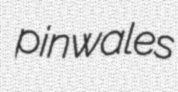
pinwales